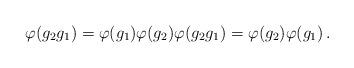
LaTeX: \begin{align*} \varphi (g_2 g_1) = \varphi (g_1) \varphi (g_2) \varphi (g_2 g_1) = \varphi (g_2) \varphi (g_1) \,.\end{align*}